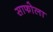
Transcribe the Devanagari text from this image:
साफोला